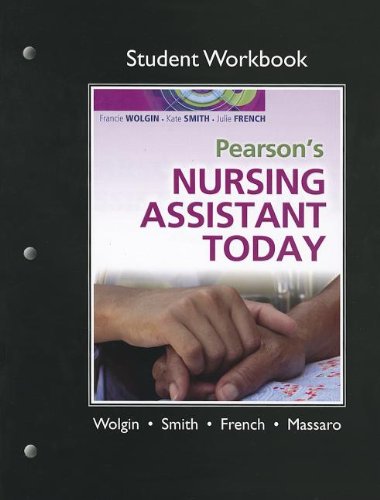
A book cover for Student Workbook for Pearson's Nursing Assistant Today; Francie Wolgin; Medical Books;